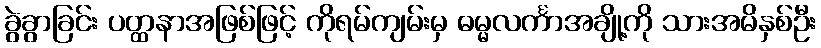
ခွဲခွာခြင်း ပတ္ထနာအဖြစ်ဖြင့် ကိုရမ်ကျမ်းမှ ဓမ္မလင်္ကာအချို့ကို သားအမိနှစ်ဦး